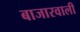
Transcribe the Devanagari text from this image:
बाजारवाली